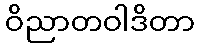
ဝိညာတဝါဒိတာ